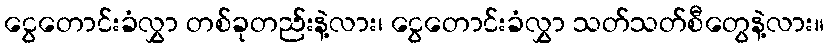
ငွေတောင်းခံလွှာ တစ်ခုတည်းနဲ့လား၊ ငွေတောင်းခံလွှာ သတ်သတ်စီတွေနဲ့လား။